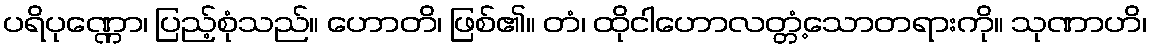
ပရိပုဏ္ဏော၊ ပြည့်စုံသည်။ ဟောတိ၊ ဖြစ်၏။ တံ၊ ထိုငါဟောလတ္တံ့သောတရားကို။ သုဏာဟိ၊